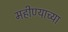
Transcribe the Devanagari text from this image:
महीण्याच्या